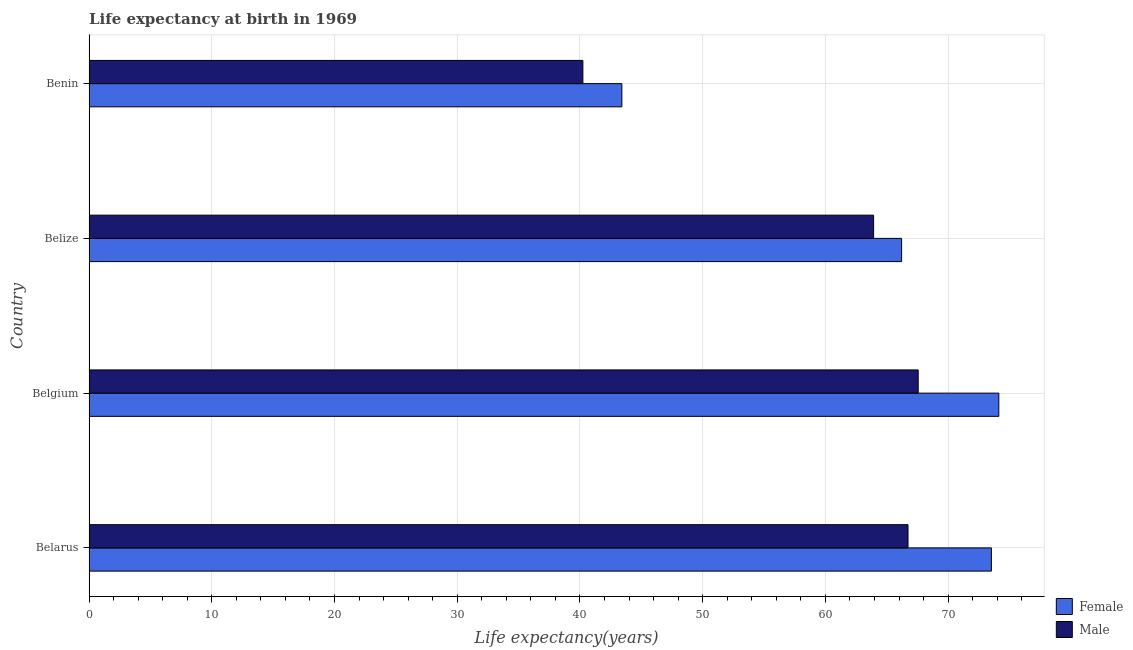
| Country | Female | Male |
 | --- | --- | --- |
 | Belarus | 73.5 | 66.7 |
 | Belgium | 74.1 | 67.6 |
 | Belize | 66.2 | 63.9 |
 | Benin | 43.4 | 40.2 |